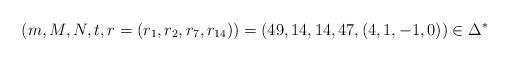
LaTeX: \begin{align*}(m,M,N,t,r=(r_1,r_2,r_{7},r_{14}))=(49,14,14,47,(4,1,-1,0))\in\Delta^*\end{align*}